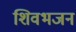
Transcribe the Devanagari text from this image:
शिवभजन